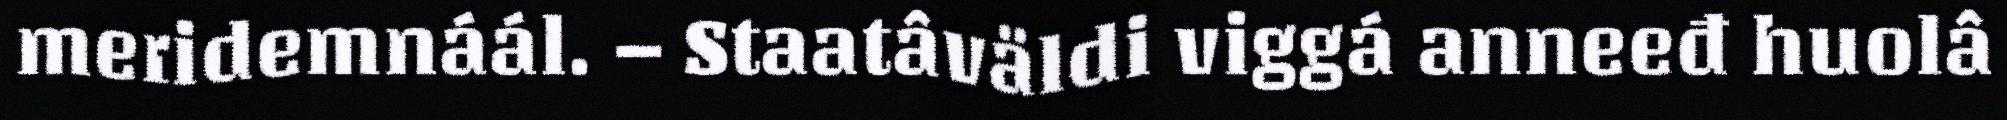
meridemnáál. – Staatâväldi viggá anneeđ huolâ